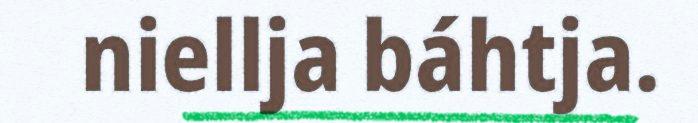
niellja báhtja.